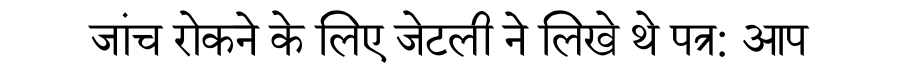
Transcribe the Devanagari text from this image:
जांच रोकने के लिए जेटली ने लिखे थे पत्र: आप